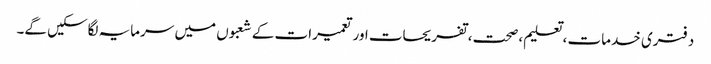
دفتری خدمات ، تعلیم، صحت، تفریحات اور تعمیرات کے شعبوں میں سرمایہ لگاسکیں گے۔